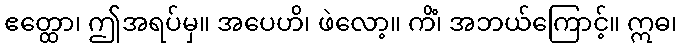
ဧတ္ထော၊ ဤအရပ်မှ။ အပေဟိ၊ ဖဲလော့။ ကိံ၊ အဘယ်ကြောင့်။ ဣဓ၊